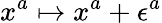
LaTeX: x^{a}\mapsto x^{a}+\epsilon^{a}